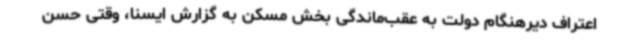
اعتراف دیرهنگام دولت به عقب‌ماندگی بخش مسکن به گزارش ایسنا، وقتی حسن